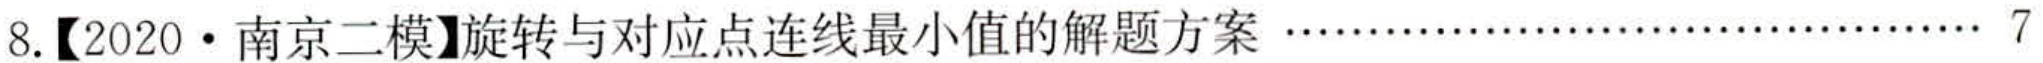
8.【2020·南京二模】旋转与对应点连线最小值的解题方案$\cdots\cdots7$